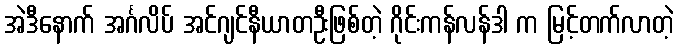
အဲဒီနောက် အင်္ဂလိပ် အင်ဂျင်နီယာတဦးဖြစ်တဲ့ ဂိုင်းကန်လန်ဒါ က မြင့်တက်လာတဲ့